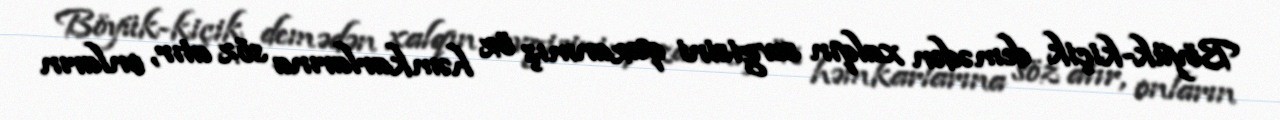
Böyük-kiçik demədən xalqın sevgisini qazanmış öz həmkarlarına söz atır, onların